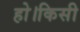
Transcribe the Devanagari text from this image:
हो।किसी